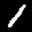
Label: 1